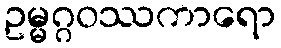
ဥမ္မဂ္ဂဝဿကာရော